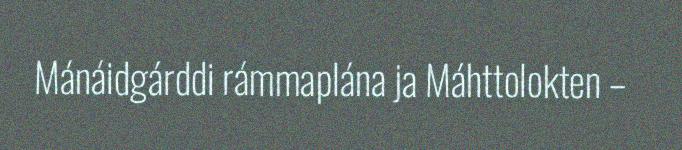
Mánáidgárddi rámmaplána ja Máhttolokten –